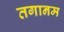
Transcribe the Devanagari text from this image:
तगानम